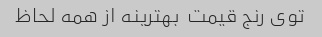
توی رنج قیمت  بهترینه از همه لحاظ